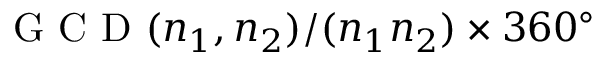
\mathrm { ~ G ~ C ~ D ~ } ( n _ { 1 } , n _ { 2 } ) / ( n _ { 1 } n _ { 2 } ) \times 3 6 0 ^ { \circ }